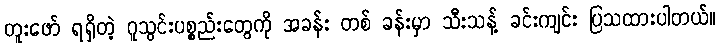
တူးဖော် ရရှိတဲ့ ဂူသွင်းပစ္စည်းတွေကို အခန်း တစ် ခန်းမှာ သီးသန့် ခင်းကျင်း ပြသထားပါတယ်။